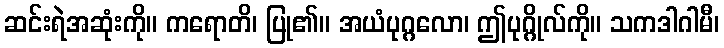
ဆင်းရဲအဆုံးကို။ ကရောတိ၊ ပြု၏။ အယံပုဂ္ဂလော၊ ဤပုဂ္ဂိုလ်ကို။ သကဒါဂါမီ၊